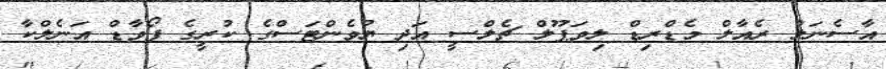
އާސެނަލް ރެއާލް މެޑްރިޑް ލިވަޕޫލް ޗެލްސީ އަދި ޔުވެންޓަސްގެ ކުރީގެ ފޯވާޑް އަނެލްކާ